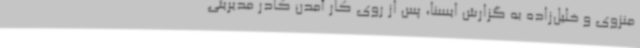
منزوی و خلیل‌زاده به گزارش ایسنا، پس از روی کار آمدن کادر مدیریتی